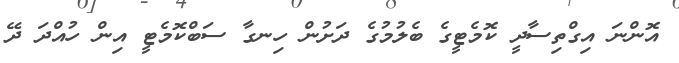
އޮންނަ އިގްތިސާދީ ކޮމެޓީގެ ބެލުމުގެ ދަށުން ހިނގާ ސަބްކޮމެޓީ އިން ހުއްދަ ދޭ